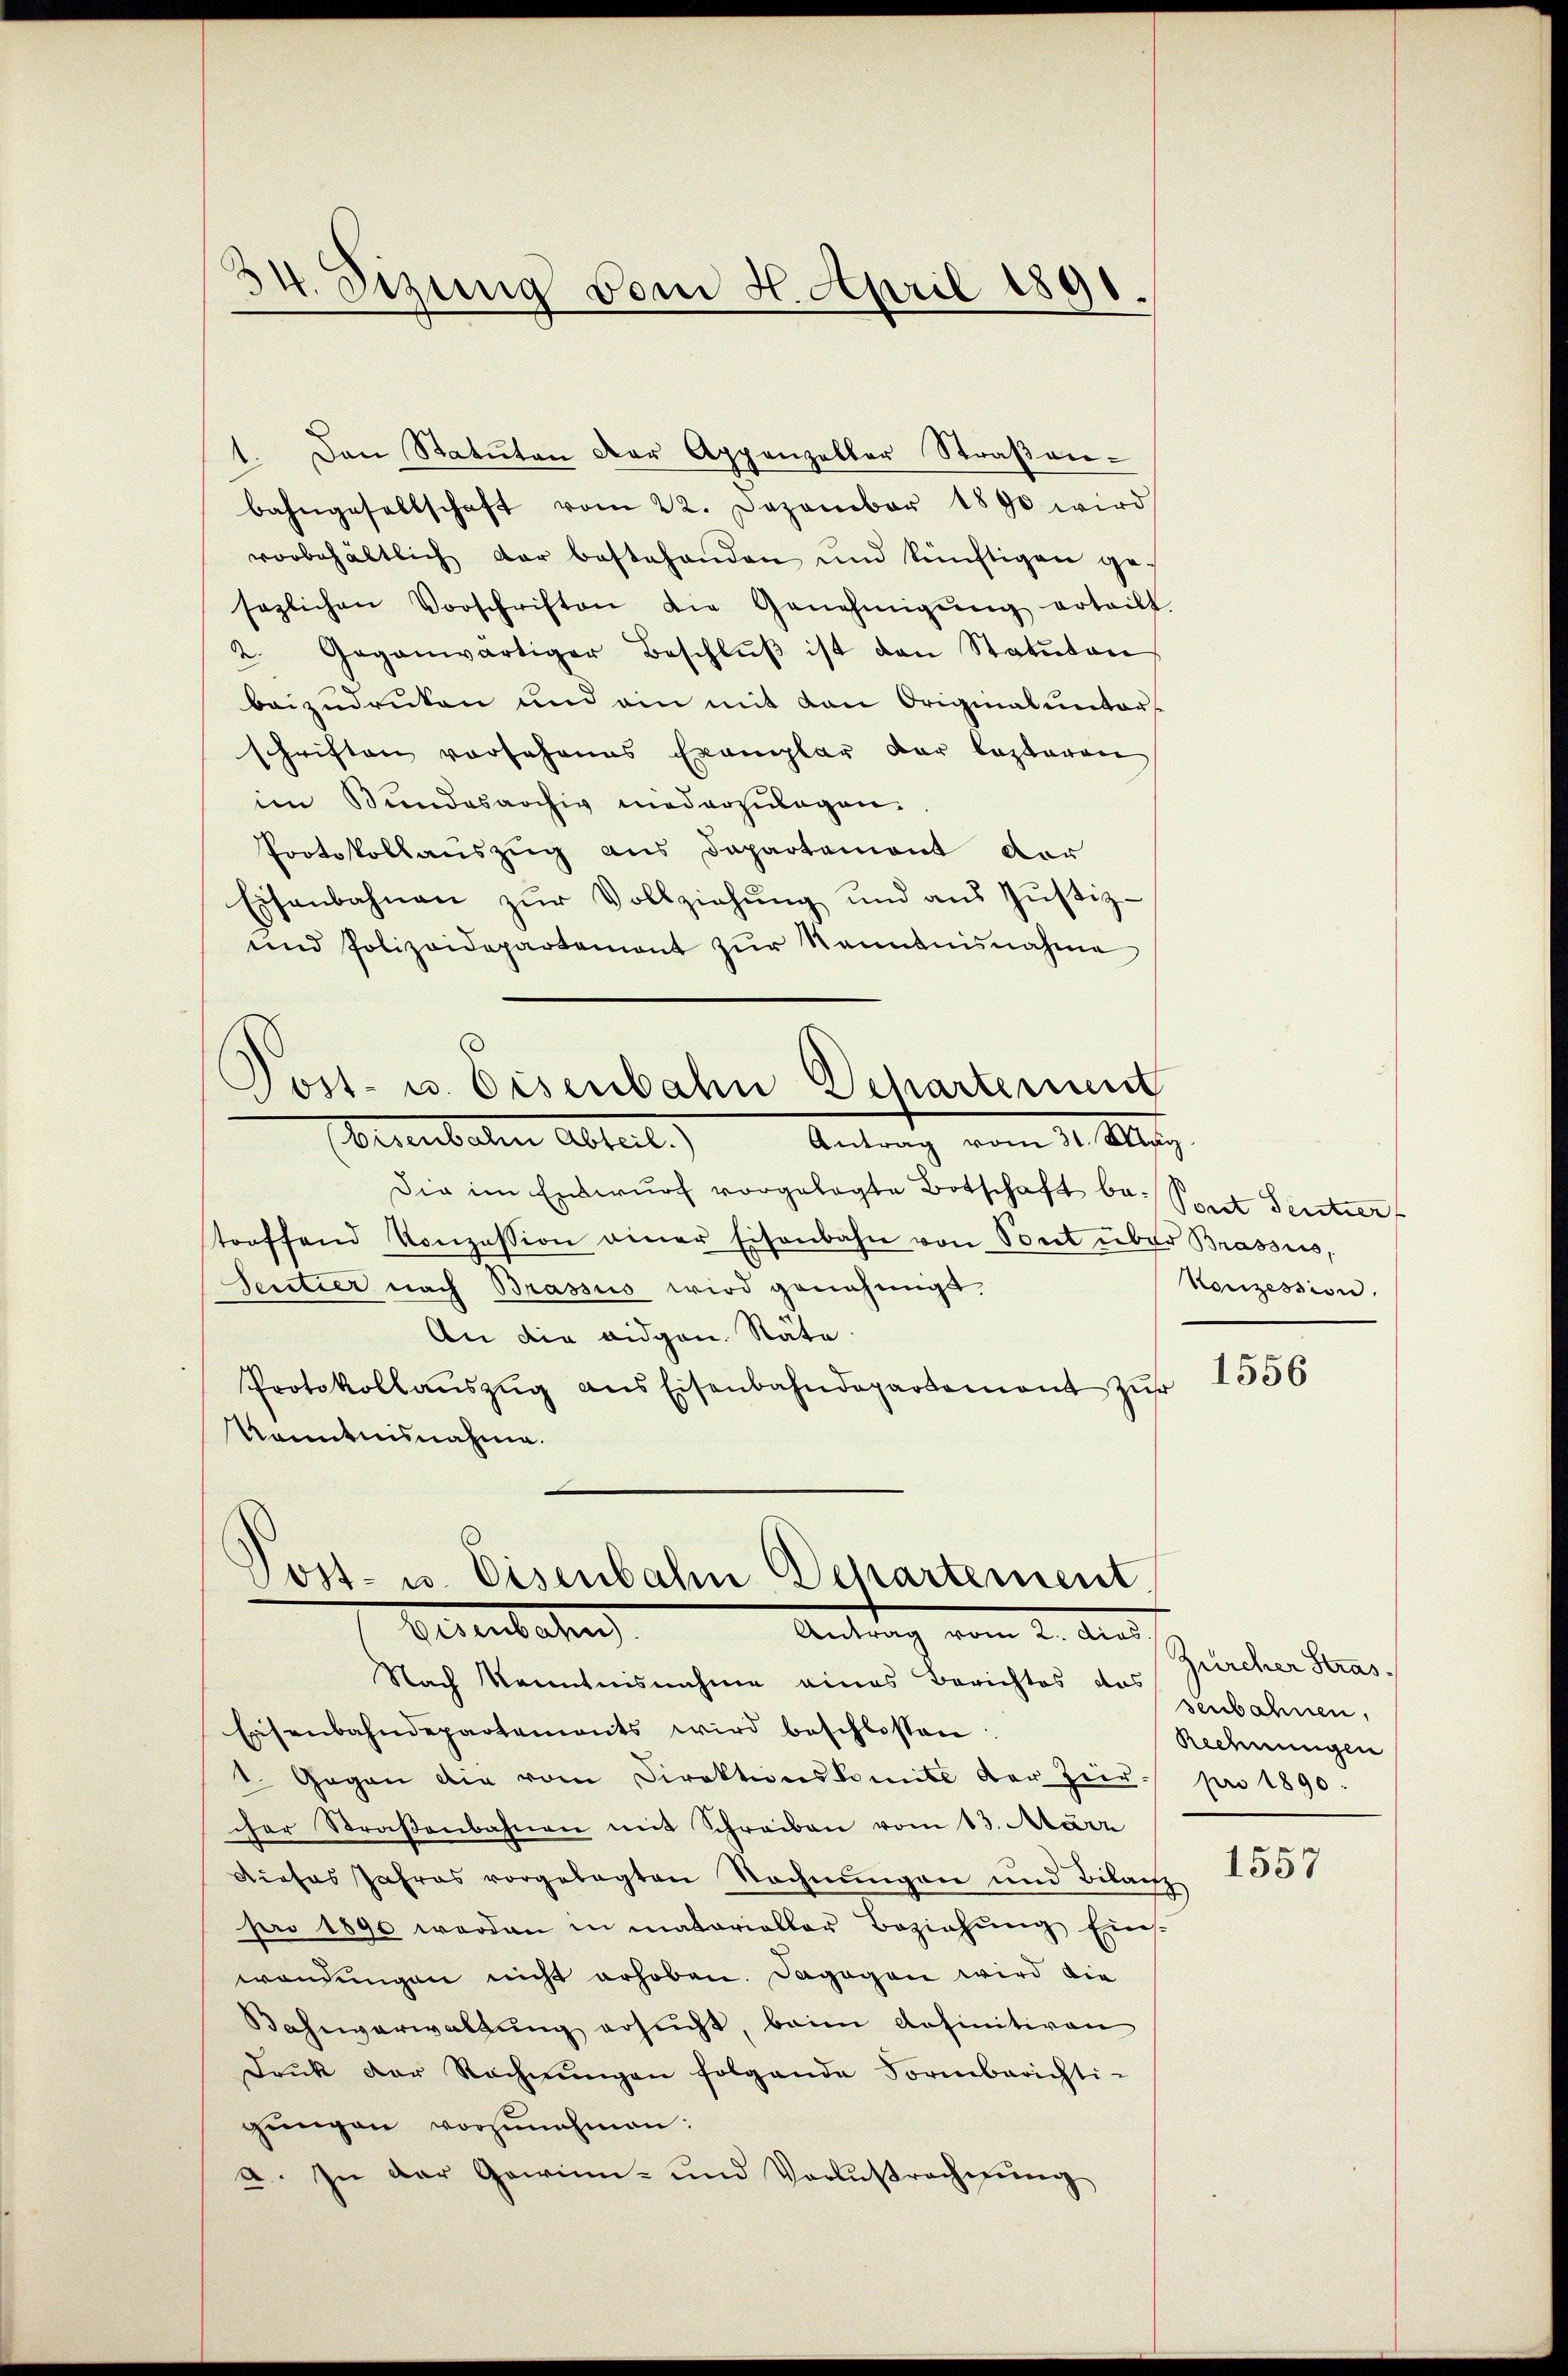
34. Sizung vom 4. April 1891.

1. Den Statuten der Appenzelber Straßenbahngesellschaft vom 22. Dezember 1890 wird
vorbehältlich der bestehenden und künftigen ges
sezlichen Vorschriften die Genehmigŭng erteilt.
2. Gegenwärtiger Beschlŭβ ist den Statuten
beizudruken und ein mit den Originalunter-
schriften vorsehenes Exemplar der lezteren
im Bundesarchiv niederzulagen.
Protokollauszug aus Departement der
Eisenbahnen zŭr Vollziehŭng und ans Justiz-
und Polizeidepartement zŭr Kenntnisnahme
Post- u. Eisenbahn Departement
Orientalen Abteil)
Antrag vom 31. Mag
Die im Entwŭrf vorgelegte Botschaft bei Seit Sentier
troffend Konzession einer Eisenbahn von Sont über Brassis,
Sentier nach Brassis wird genehmigt.
An die eidgen. Räte.
Protokollaŭszŭg ans Eisenbahndepartement zŭr
Kenntnisnahme.

ost- u. Eisenbahn Departement
Bereut ang
Antrag vom 2. Aus

Nach Kenntnisnahme eines Berichtes der Seebahnen,
Eisenbahndepartements wird beschlossen:
1. Gegen die vom Direktionskomite der Heer. pro 1890.
cher Straβenbahnen mit Schreiben vom 13. März
Dieses Jahres vorgelegten Rechnŭngen und Bilanz
pro 1890 werden in matorialler Beziehung Ein-
wendungen nicht erhoben. Dagegen wird die
Bahnverwaltŭng ersucht, beim definitiven
Druk der Rechnŭngen folgende Formberichti-
gŭngen vorzunehmen:
a. In der Gewinn- und Vorlŭsrechnŭng

Konzession.

1556

Zürcher Stras¬
Rechnungen

1557